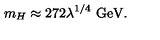
m _ { H } \approx 2 7 2 \lambda ^ { 1 / 4 } \ \mathrm { G e V } .